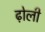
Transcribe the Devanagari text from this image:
ढ़ोली